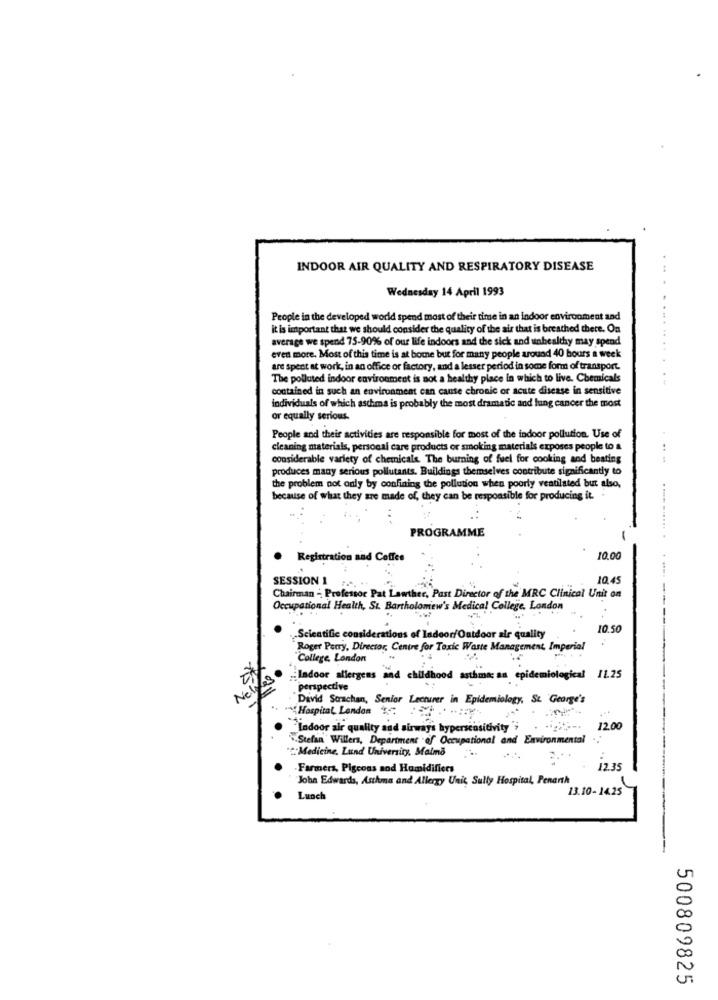
INDOOR AIR QUALITY AND RESPIRATORY DISEASE
Wednesday 14 April 1993
People in the developed world spend most of their time in an indoor environment and
it is important that we should consider the quality of the air that is breathed there. On
average we spend 75-90% of our life indoors and the sick and unhealthy may spend
even more. Most of this time is at bome but for many people around 40 hours a week
are spent at work, in an office or factory, and a lesser period in some form of transport.
The polluted indoor environment is not a healthy place in which to live. Chemicals
contained in such an environment can cause chronic or acute disease in sensitive
individuals of which asthma is probably the most dramatic and lung cancer the most
or equally serious.
People and their activities are responsible for most of the indoor pollution. Use of
cleaning materials, personal care products or smoking materials exposes people to a
considerable variety of chemicals. The burning of fuel for cooking and beating
produces many serious pollutants. Buildings themselves contribute significantly to
the problem not only by confining the pollution when poorly ventilated but also,
because of what they are made of, they can be responsible for producing it.
PROGRAMME
Registration and Coffee
10.00
SESSION 1
10.45
Chairman - Professor Pat Lawther, Past Director of the MRC Clinical Unit on
Occupational Health, St. Bartholomew's Medical College, London
10.50
.Scientific considerations of Indoor/Outdoor air quality
Roger Perry, Director, Centre for Toxic Waste Management, Imperial
College, London
Indoor allergens and childhood asthma an epidemiological 11.25
Nel
perspective
Divid Strachan, Senior Lecturer in Epidemiology, St. George's
*** Hospital London :
Indoor air quality and airways hypersensitivity';
12.00
"Stefan' Willers, Department of Occupational and Environmental
"""Medicine, Lund University, Malmo
Farmers, Pigcons and Humidifiers
12.35
John Edwards, Asthma and Allergy Unit, Sully Hospital, Penanth
13.10-14.25
Lunch
500809825